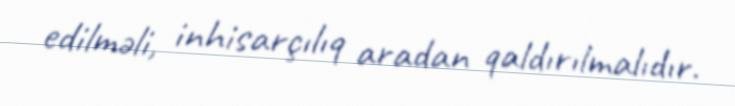
edilməli, inhisarçılıq aradan qaldırılmalıdır.